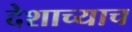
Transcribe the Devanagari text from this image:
देशाच्याच